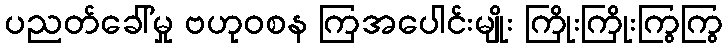
ပညတ်ခေါ်မှု ဗဟုဝစန ကြအပေါင်းမျိုး ကြိုးကြိုးကြွကြွ